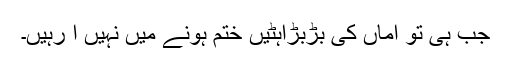
جب ہی تو اماں کی بڑبڑاہٹیں ختم ہونے میں نہیں آ رہیں۔